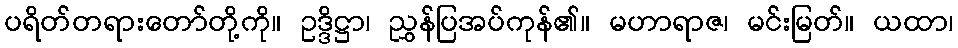
ပရိတ်တရားတော်တို့ကို။ ဥဒ္ဒိဋ္ဌာ၊ ညွှန်ပြအပ်ကုန်၏။ မဟာရာဇ၊ မင်းမြတ်။ ယထာ၊